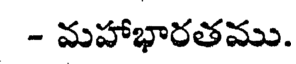
- మహాభారతము.